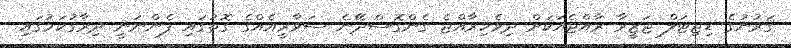
ޤަރުނުގެ ޑިޖިޓަލް ޖަޒީރާ ރާއްޖެއަކަށް ދިވެހިރާއްޖެ ގެންގޮސްދޭނެ ސަވާރީއެއްގެ ގޮތުގައި ފެންނަނީ ދިރާގުކަމުގައި